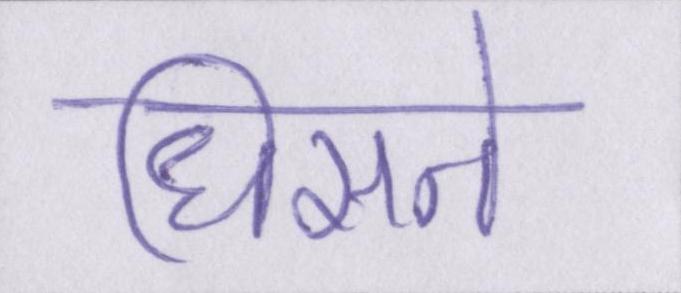
धिसने